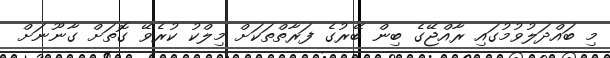
މި ބައްދަލުވުމުގައި ރާއްޖޭގެ ބިން ބޭރުގެ ފަރާތްތަކަށް މިލްކު ކުރެވޭ ގޮތަށް ގާނޫނަށް